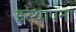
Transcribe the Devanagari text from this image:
इस्थापना